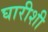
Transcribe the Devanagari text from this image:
घारीशी